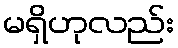
မရှိဟုလည်း